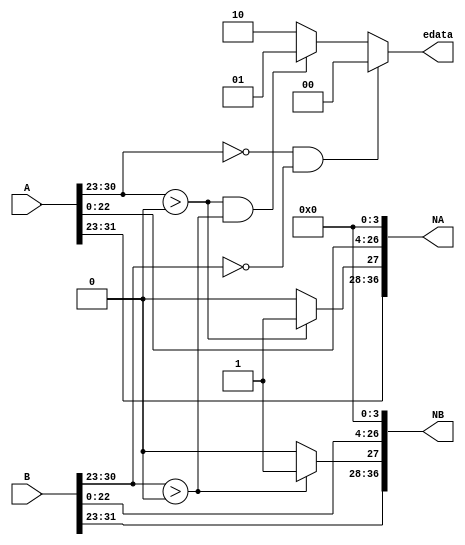
module selector (
    input  [31:0] A,
    input  [31:0] B,
    output [ 1:0] edata,
    output [36:0] NA,
    output [36:0] NB
);
  wire SA, SB;
  wire [7:0] EA, EB;
  wire [22:0] MA, MB;

  assign SA = A[31];
  assign SB = B[31];
  assign EA = A[30:23];
  assign EB = B[30:23];
  assign MA = A[22:0];
  assign MB = B[22:0];

  assign NA[36] = SA;
  assign NB[36] = SB;

  assign NA[35:28] = EA;
  assign NB[35:28] = EB;

  assign NA[27] = (EA > 8'h00) ? 1'b1 : 1'b0;
  assign NB[27] = (EB > 8'h00) ? 1'b1 : 1'b0;

  assign NA[26:4] = MA;
  assign NA[3:0] = 4'b0;

  assign NB[26:4] = MB;
  assign NB[3:0] = 4'b0;

  assign edata = (EA == 8'h00 && EB == 8'h00) ? 2'b00 : (EA > 8'h00 && EB > 8'h00) ? 2'b01 : 2'b10;
endmodule